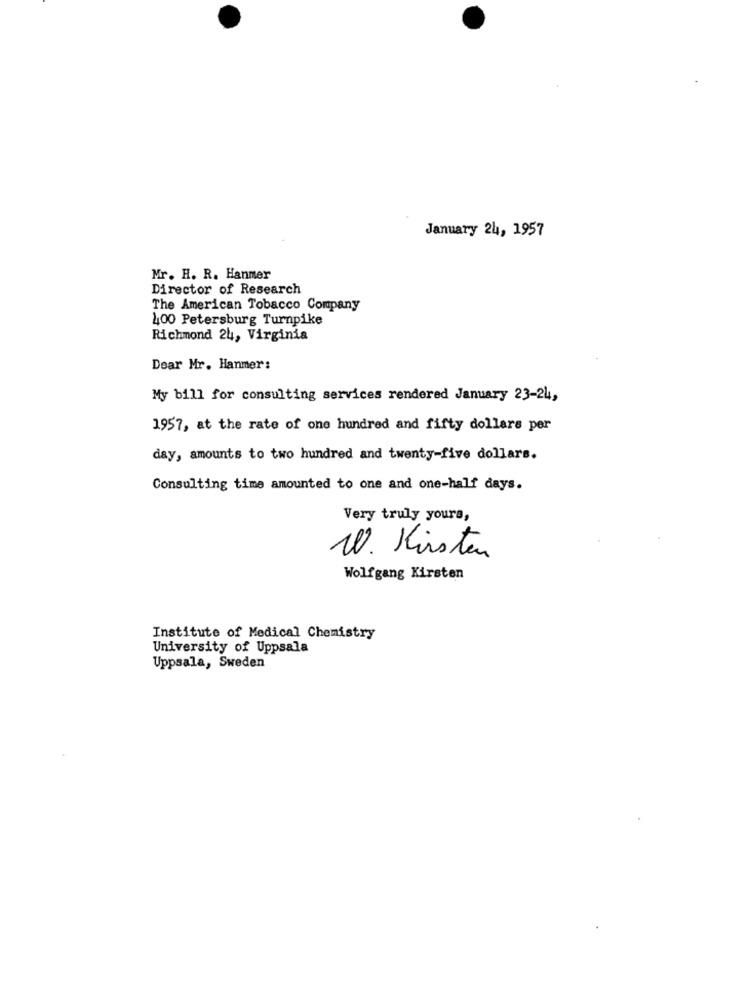
January 24, 1957
Mr. H. R. Hanmer
Director of Research
The American Tobacco Company
100 Petersburg Turnpike
Richmond 24, Virginia
Dear Mr. Hanmer:
My bill for consulting services rendered January 23-24,
1957, at the rate of one hundred and fifty dollars per
day, amounts to two hundred and twenty-five dollars.
Consulting time amounted to one and one-half days.
Very truly yours,
W. Kirsten
Wolfgang Kirsten
Institute of Medical Chemistry
University of Uppsala
Uppsala, Sweden